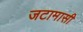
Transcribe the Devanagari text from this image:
जटामासी